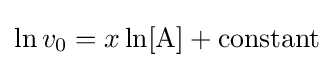
\ln v_{0}=x\ln[{\ce {A}}]+{\textrm {constant}}